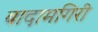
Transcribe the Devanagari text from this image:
बादामगिरी